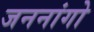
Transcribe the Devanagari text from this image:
जननांगो